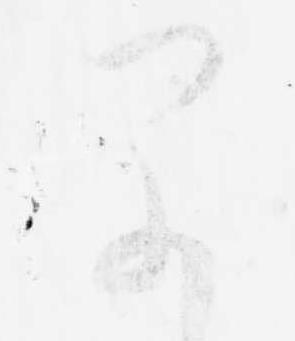
早